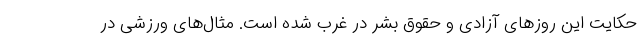
حکایت این روزهای آزادی و حقوق بشر در غرب شده است. مثال‌های ورزشی در